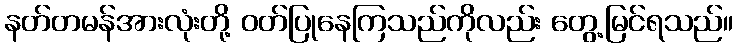
နတ်တမန်အားလုံးတို့ ဝတ်ပြုနေကြသည်ကိုလည်း တွေ့မြင်ရသည်။